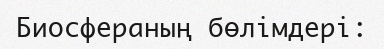
Биосфераның бөлімдері: